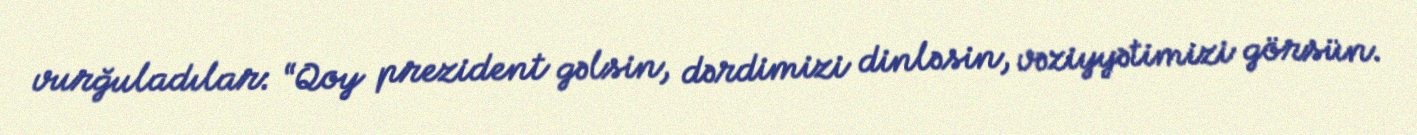
vurğuladılar: “Qoy prezident gəlsin, dərdimizi dinləsin, vəziyyətimizi görsün.